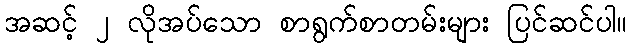
အဆင့် ၂ လိုအပ်သော စာရွက်စာတမ်းများ ပြင်ဆင်ပါ။